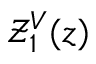
\mathcal { Z } _ { 1 } ^ { V } ( z )